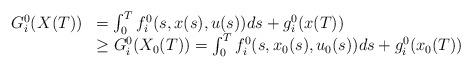
LaTeX: \begin{align*}\begin{array}{ll}G_i^0(X(T))&= \int_{0}^{T} f_i^0(s,x(s),u(s))ds+g_i^0(x(T))\\ \null &\ge G_i^0(X_0(T))=\int_{0}^{T} f_i^0(s,x_0(s),u_0(s))ds+g_i^0(x_0(T))\end{array}\end{align*}